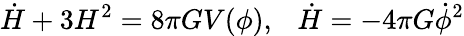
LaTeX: \dot{H}+3H^{2}=8\pi GV(\phi),~~~\dot{H}=-4\pi G\dot{\phi}^{2}